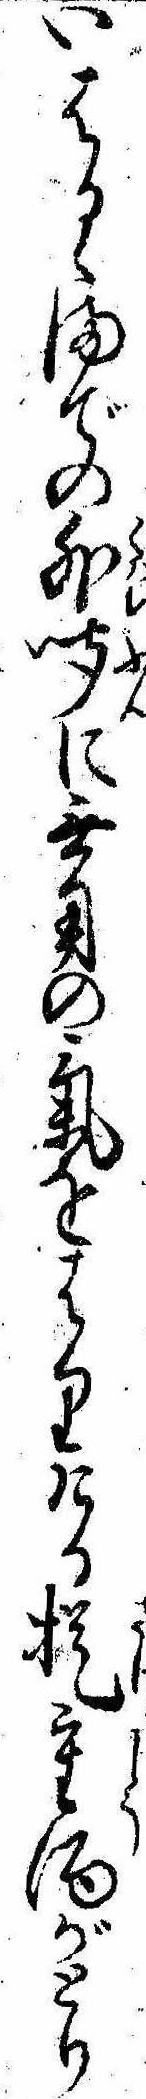
いはるゝまでの外聞に無用の気をはりける提重酒がとり